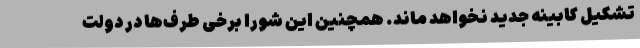
تشکیل کابینه جدید نخواهد ماند. همچنین این شورا برخی طرف‌ها در دولت